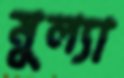
মুল্যা